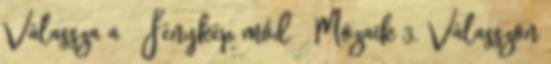
Válassza a → Fénykép mód → Mozaik 3. Válasszon